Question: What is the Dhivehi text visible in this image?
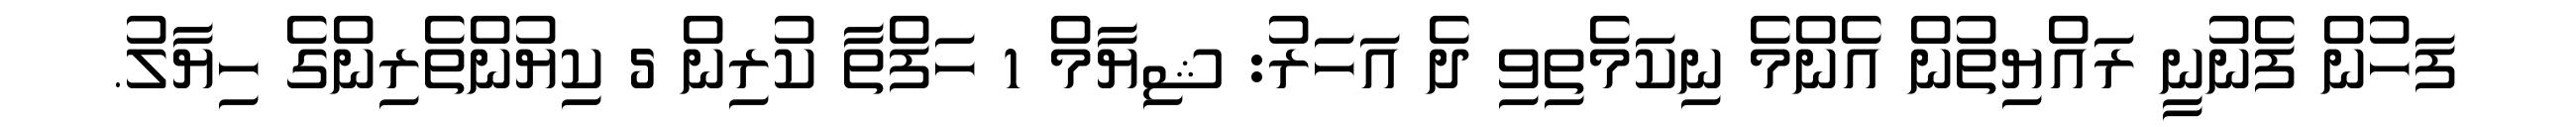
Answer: ފަހުން ފެނުނީ ރައްޔިތުން އެންމެ ނިކަމެތިވި ދެ އަހަރު: ޝިޔާމް 1 ހަފްތާ ކުރިން 5 ކިޔުންތެރިންގެ ހިޔާލު.